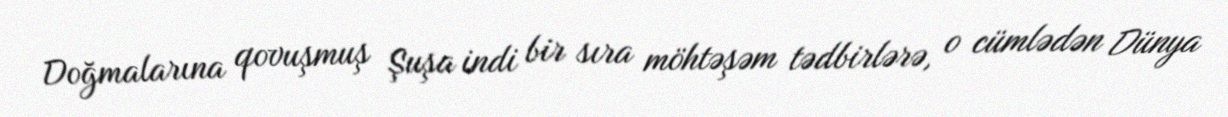
Doğmalarına qovuşmuş Şuşa indi bir sıra möhtəşəm tədbirlərə, o cümlədən Dünya